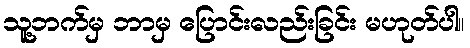
သူ့ဘက်မှ ဘာမှ ပြောင်းလည်းခြင်း မဟုတ်ပါ။